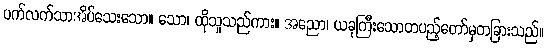
ပက်လက်သာအိပ်သေးသော။ သော၊ ထိုသူသည်ကား။ အညော၊ ယခုကြီးသောတပည့်တော်မှတခြားသည်။